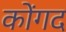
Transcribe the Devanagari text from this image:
कोंगद